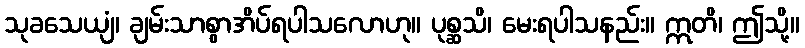
သုခသေယျံ၊ ချမ်းသာစွာအိပ်ရပါသလောဟု။ ပုစ္ဆသိ၊ မေးရပါသနည်း။ ဣတိ၊ ဤသို့။